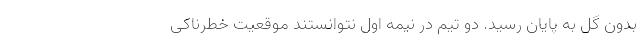
بدون گل به پایان رسید. دو تیم در نیمه اول نتوانستند موقعیت‌ خطرناکی